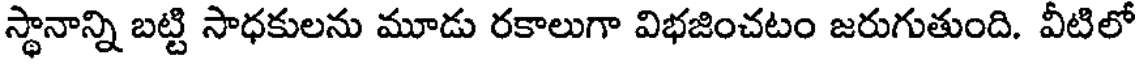
స్థానాన్ని బట్టి సాధకులను మూడు రకాలుగా విభజించటం జరుగుతుంది. వీటిలో